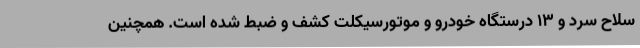
سلاح سرد و 13 درستگاه خودرو و موتورسیکلت کشف و ضبط شده است. همچنین